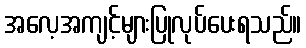
အလေ့အကျင့်များပြုလုပ်ပေးရသည်။